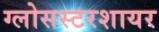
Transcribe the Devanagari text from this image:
ग्लोसस्टरशायर